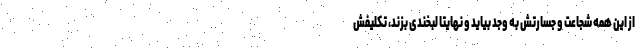
از این همه شجاعت و جسارتش به وجد بیاید و نهایتا لبخندی بزند، تکلیفش